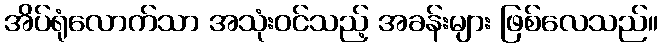
အိပ်ရုံလောက်သာ အသုံးဝင်သည့် အခန်းများ ဖြစ်လေသည်။